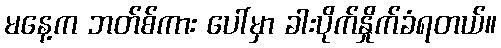
မနေ့က ဘတ်စ်ကား ပေါ်မှာ ခါးပိုက်နှိုက်ခံရတယ်။